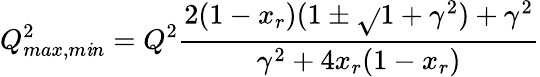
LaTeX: Q_{max,m\mathit{i}n}^{2}=Q^{2}{\frac{{2(1-x_{r})(1\pm\sqrt{}{{1+\gamma^{2}}})+\gamma^{2}}}{{\gamma^{2}+4x_{r}(1-x_{r})}}}